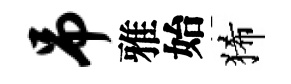
吊雅始狶